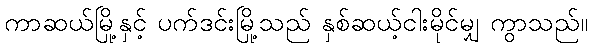
ကာဆယ်မြို့နှင့် ပက်ဒင်းမြို့သည် နှစ်ဆယ့်ငါးမိုင်မျှ ကွာသည်။